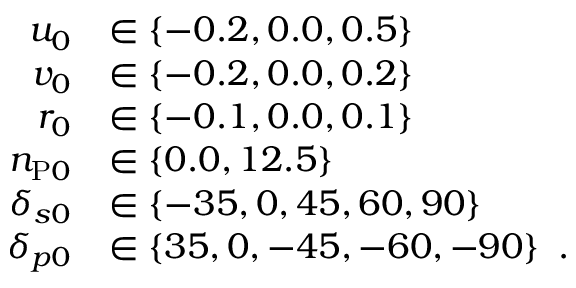
\begin{array} { r } { \begin{array} { r l } { u _ { 0 } } & { \in \{ - 0 . 2 , 0 . 0 , 0 . 5 \} } \\ { v _ { 0 } } & { \in \{ - 0 . 2 , 0 . 0 , 0 . 2 \} } \\ { r _ { 0 } } & { \in \{ - 0 . 1 , 0 . 0 , 0 . 1 \} } \\ { n _ { \mathrm { P } 0 } } & { \in \{ 0 . 0 , 1 2 . 5 \} } \\ { \delta _ { s 0 } } & { \in \{ - 3 5 , 0 , 4 5 , 6 0 , 9 0 \} } \\ { \delta _ { p 0 } } & { \in \{ 3 5 , 0 , - 4 5 , - 6 0 , - 9 0 \} \enspace . } \end{array} } \end{array}